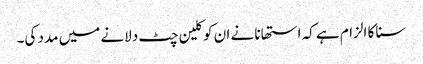
سنا کا الزام ہے کہ استھانا نے ان کو کلین چٹ دلانے میں مدد کی۔